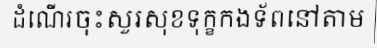
ដំណើរចុះសួរសុខទុក្ខកងទ័ពនៅតាម